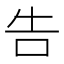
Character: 告